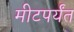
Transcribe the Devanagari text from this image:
मीटपर्यंत